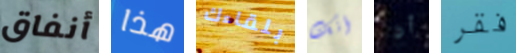
أنفاق هذا بلقاءك أنك أن فقر